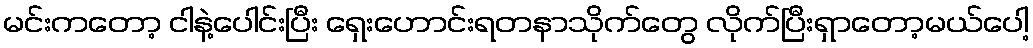
မင်းကတော့ ငါနဲ့ပေါင်းပြီး ရှေးဟောင်းရတနာသိုက်တွေ လိုက်ပြီးရှာတော့မယ်ပေါ့